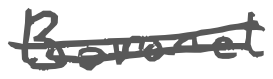
Text: Baronet
Cross-out: mix
Writing tool: digital_gray